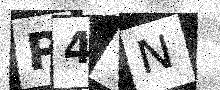
Text: P4CN